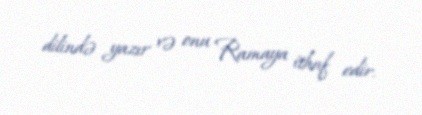
dilində yazır və onu Ramaya ithaf edir.